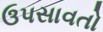
ઉપસાવતો